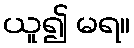
ယူ၍ မရ။